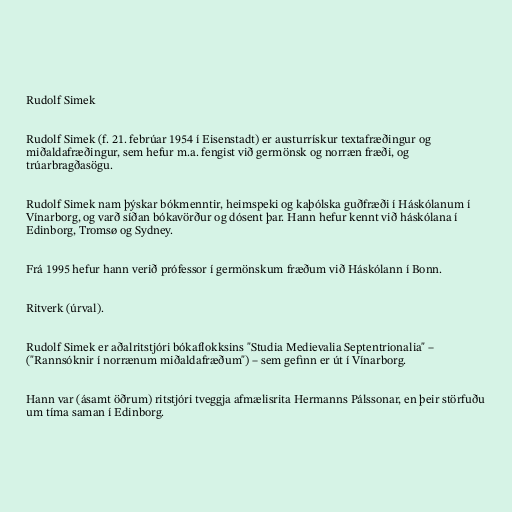
Rudolf Simek

Rudolf Simek (f. 21. febrúar 1954 í Eisenstadt) er austurrískur textafræðingur og
miðaldafræðingur, sem hefur m.a. fengist við germönsk og norræn fræði, og
trúarbragðasögu.

Rudolf Simek nam þýskar bókmenntir, heimspeki og kaþólska guðfræði í Háskólanum í
Vínarborg, og varð síðan bókavörður og dósent þar. Hann hefur kennt við háskólana í
Edinborg, Tromsø og Sydney.

Frá 1995 hefur hann verið prófessor í germönskum fræðum við Háskólann í Bonn.

Ritverk (úrval).

Rudolf Simek er aðalritstjóri bókaflokksins "Studia Medievalia Septentrionalia" –
("Rannsóknir í norrænum miðaldafræðum") – sem gefinn er út í Vínarborg.

Hann var (ásamt öðrum) ritstjóri tveggja afmælisrita Hermanns Pálssonar, en þeir störfuðu
um tíma saman í Edinborg.